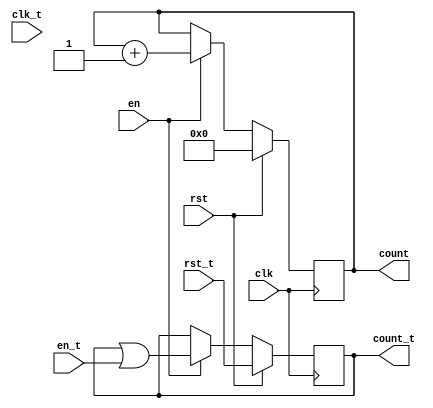
module counter( clk, clk_t, rst, rst_t, en, en_t, count, count_t);

	input clk, rst, en;
	input [31:0] clk_t;
	input [31:0] rst_t;
	input [31:0] en_t;
	output reg[3:0] count;
	output reg[31:0] count_t;

	initial begin
	    count_t = 0;
	end

	always @(posedge clk)
		if (rst) begin
			count <= 4'd0;
			count_t <= rst_t;
	    end else if (en) begin
			count <= count + 4'd1;
			count_t <= count_t | en_t;
        end
endmodule